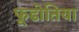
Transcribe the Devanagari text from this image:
फूडोतिया